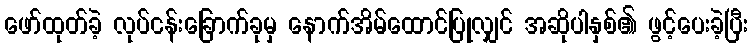
ဖော်ထုတ်ခဲ့ လုပ်ငန်းခြောက်ခုမှ နောက်အိမ်ထောင်ပြုလျှင် အဆိုပါနှစ်၏ ဖွင့်ပေးခဲ့ပြီး